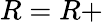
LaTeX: R=R+